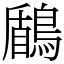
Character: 鶞